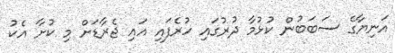
އަނިޔާގެ ސަބަބުން ކުޅުމާ ދުރުގައި ހުރެފައި އައި ޖެރާޑަށް މި ކުށާ އެކު